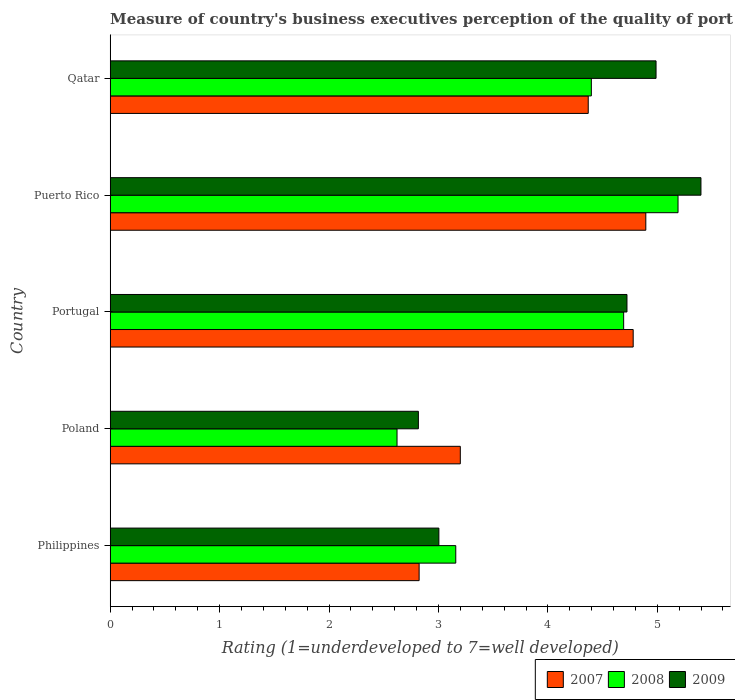
| Country | 2007 | 2008 | 2009 |
 | --- | --- | --- | --- |
 | Philippines | 2.82 | 3.16 | 3 |
 | Poland | 3.2 | 2.62 | 2.82 |
 | Portugal | 4.78 | 4.69 | 4.72 |
 | Puerto Rico | 4.89 | 5.19 | 5.4 |
 | Qatar | 4.37 | 4.4 | 4.99 |